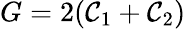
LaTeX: G=2(\mathcal{C}_{1}+\mathcal{C}_{2})